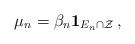
LaTeX: \begin{align*} \mu_n = \beta_n\textbf{1}_{E_n \cap \mathcal{Z}}\,,\end{align*}